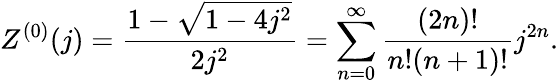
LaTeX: Z^{(0)}(j)=\frac{1-\sqrt{1-4j^{2}}}{2j^{2}}=\sum_{n=0}^{\infty}\frac{(2n)!}{n!(n+1)!}j^{2n}.